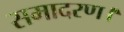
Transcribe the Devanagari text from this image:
समादरण।